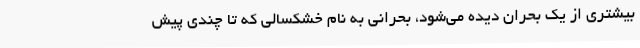
بیشتری از یک بحران دیده می‌شود، بحرانی به نام خشکسالی که تا چندی پیش